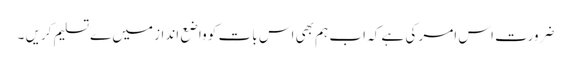
ضرورت اس امر کی ہے کہ اب ہم بھی اس بات کو واضع انداز میں ےتسلیم کریں ۔